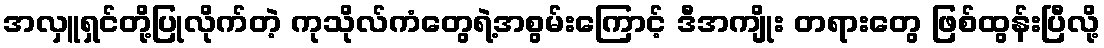
အလှူရှင်တို့ပြုလိုက်တဲ့ ကုသိုလ်ကံတွေရဲ့အစွမ်းကြောင့် ဒီအကျိုး တရားတွေ ဖြစ်ထွန်းပြီလို့